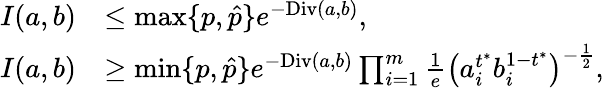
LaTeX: \begin{array}{rl}{I(a,b)}&{\leq\operatorname*{max}\{ p,\hat{p}\} e^{-\textup{Div}(a,b)},}\\ {I(a,b)}&{\geq\operatorname*{min}\{ p,\hat{p}\} e^{-\textup{Div}(a,b)}\prod_{i=1}^{m}\frac{1}{e}\big(a_{i}^{t^{*}}b_{i}^{1-t^{*}}\big)^{-\frac{1}{2}},}\end{array}